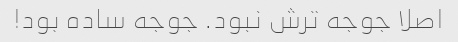
اصلا جوجه ترش نبود. جوجه ساده بود!